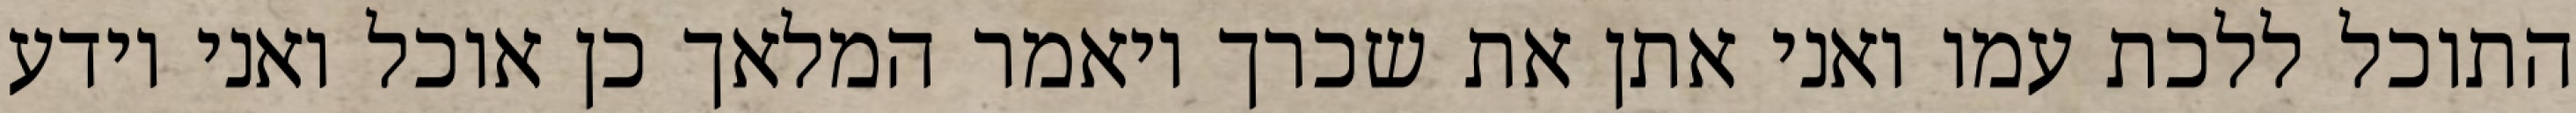
התוכל ללכת עמו ואני אתן את שכרך ויאמר המלאך כן אוכל ואני יודע